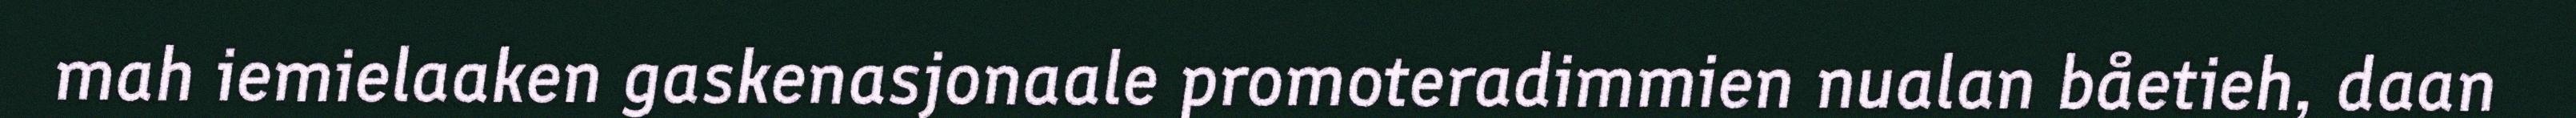
mah iemielaaken gaskenasjonaale promoteradimmien nualan båetieh, daan